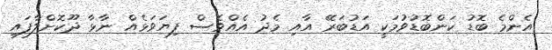
އެންމެ ބޮޑު ކަންބޮޑުވުމަކީ އަޑުބަރޭ އާއި މެދު އެއްވެސް ފިޔަވަޅެއް ނާޅާ ދޫކޮށްލާފައި